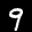
Label: 9